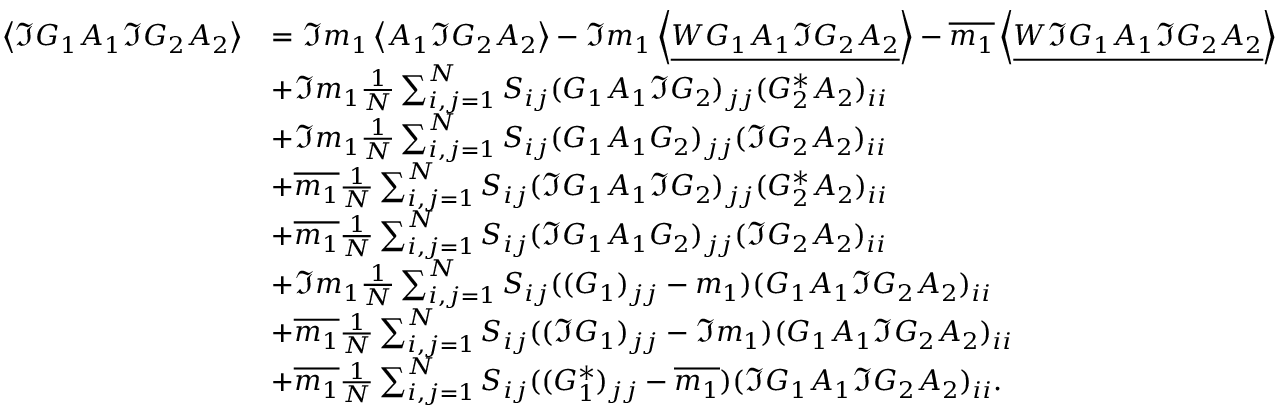
\begin{array} { r l } { \left\langle { \Im G _ { 1 } A _ { 1 } \Im G _ { 2 } A _ { 2 } } \right\rangle } & { = \Im m _ { 1 } \left\langle { A _ { 1 } \Im G _ { 2 } A _ { 2 } } \right\rangle - \Im m _ { 1 } \left\langle { \underline { { W G _ { 1 } A _ { 1 } \Im G _ { 2 } A _ { 2 } } } } \right\rangle - \overline { { m _ { 1 } } } \left\langle { \underline { { W \Im G _ { 1 } A _ { 1 } \Im G _ { 2 } A _ { 2 } } } } \right\rangle } \\ & { + \Im m _ { 1 } \frac { 1 } { N } \sum _ { i , j = 1 } ^ { N } S _ { i j } ( G _ { 1 } A _ { 1 } \Im G _ { 2 } ) _ { j j } ( G _ { 2 } ^ { * } A _ { 2 } ) _ { i i } } \\ & { + \Im m _ { 1 } \frac { 1 } { N } \sum _ { i , j = 1 } ^ { N } S _ { i j } ( G _ { 1 } A _ { 1 } G _ { 2 } ) _ { j j } ( \Im G _ { 2 } A _ { 2 } ) _ { i i } } \\ & { + \overline { { m _ { 1 } } } \frac { 1 } { N } \sum _ { i , j = 1 } ^ { N } S _ { i j } ( \Im G _ { 1 } A _ { 1 } \Im G _ { 2 } ) _ { j j } ( G _ { 2 } ^ { * } A _ { 2 } ) _ { i i } } \\ & { + \overline { { m _ { 1 } } } \frac { 1 } { N } \sum _ { i , j = 1 } ^ { N } S _ { i j } ( \Im G _ { 1 } A _ { 1 } G _ { 2 } ) _ { j j } ( \Im G _ { 2 } A _ { 2 } ) _ { i i } } \\ & { + \Im m _ { 1 } \frac { 1 } { N } \sum _ { i , j = 1 } ^ { N } S _ { i j } ( ( G _ { 1 } ) _ { j j } - m _ { 1 } ) ( G _ { 1 } A _ { 1 } \Im G _ { 2 } A _ { 2 } ) _ { i i } } \\ & { + \overline { { m _ { 1 } } } \frac { 1 } { N } \sum _ { i , j = 1 } ^ { N } S _ { i j } ( ( \Im G _ { 1 } ) _ { j j } - \Im m _ { 1 } ) ( G _ { 1 } A _ { 1 } \Im G _ { 2 } A _ { 2 } ) _ { i i } } \\ & { + \overline { { m _ { 1 } } } \frac { 1 } { N } \sum _ { i , j = 1 } ^ { N } S _ { i j } ( ( G _ { 1 } ^ { * } ) _ { j j } - \overline { { m _ { 1 } } } ) ( \Im G _ { 1 } A _ { 1 } \Im G _ { 2 } A _ { 2 } ) _ { i i } . } \end{array}